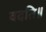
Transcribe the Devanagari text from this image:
वदति॥